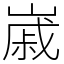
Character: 𡻷